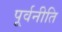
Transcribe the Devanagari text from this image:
पूर्वनीति